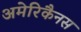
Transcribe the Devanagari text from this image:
अमेरिकैनस